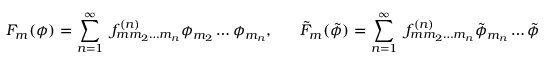
F _ { m } ( \phi ) = \sum _ { n = 1 } ^ { \infty } \; f _ { m m _ { 2 } \ldots m _ { n } } ^ { ( n ) } \phi _ { m _ { 2 } } \ldots \phi _ { m _ { n } } , \; \; \; \; \; \; \tilde { F } _ { m } ( \tilde { \phi } ) = \sum _ { n = 1 } ^ { \infty } \; f _ { m m _ { 2 } \ldots m _ { n } } ^ { ( n ) } \tilde { \phi } _ { m _ { n } } \ldots \tilde { \phi } _ { m _ { 2 } }